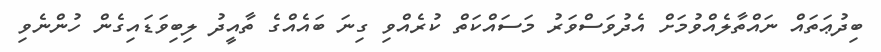
ބިދުޢަތައް ނައްތާލެއްވުމަށް އެދުވަސްވަރު މަސައްކަތް ކުރެއްވި ގިނަ ބައެއްގެ ތާއީދު ލިބިވަޑައިގެން ހުންނެވި